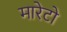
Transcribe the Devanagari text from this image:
मारेटो